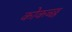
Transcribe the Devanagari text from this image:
कोकच्छ